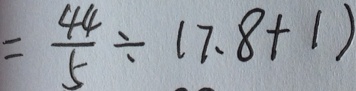
= \frac { 4 4 } { 5 } \div ( 7 . 8 + 1 )